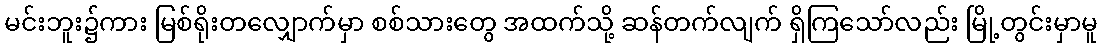
မင်းဘူး၌ကား မြစ်ရိုးတလျှောက်မှာ စစ်သားတွေ အထက်သို့ ဆန်တက်လျက် ရှိကြသော်လည်း မြို့တွင်းမှာမူ